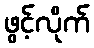
ဖွင့်လိုက်